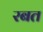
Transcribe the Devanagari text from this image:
रबत